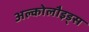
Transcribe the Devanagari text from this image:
अल्कोलौइड्स